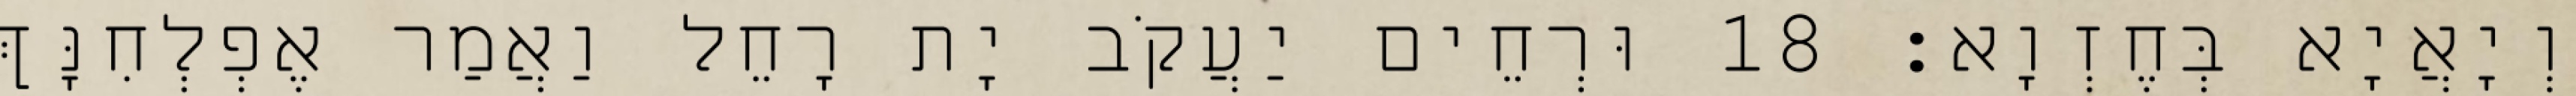
וְיָאֲיָא בְּחֶזְוָא׃ 18 וּרְחֵים יַעֲקֹב יָת רָחֵל וַאֲמַר אֶפְלְחִנָּךְ